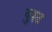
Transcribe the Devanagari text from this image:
वुस्ट